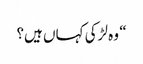
“ وہ لڑکی کہاں ہیں؟